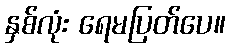
နှစ်လုံး ရေမပြတ်ပေ။